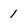
Character: 1